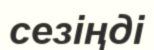
сезіңді